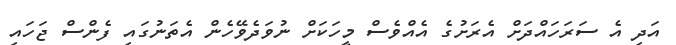
އަދި އެ ސަރަހައްދަށް އެރަށުގެ އެއްވެސް މީހަކަށް ނުވަދެވޭހެން އެތަނުގައި ފެންސް ޖަހައި